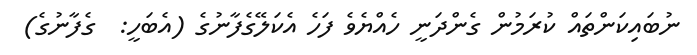
ނުބައިކަންތައް ކުރަމުން ގެންދަނީ ހެއްޔެވެ ފަހެ އެކަލޭގެފާނުގެ (އެބަހީ:  ގެފާނުގެ)